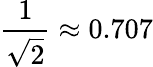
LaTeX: {\frac{1}{\sqrt{2}}}\approx 0.707